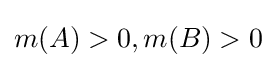
m(A)>0,m(B)>0